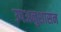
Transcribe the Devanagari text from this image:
उपअनुशासन